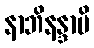
နာဘိနန္ဒာမိ